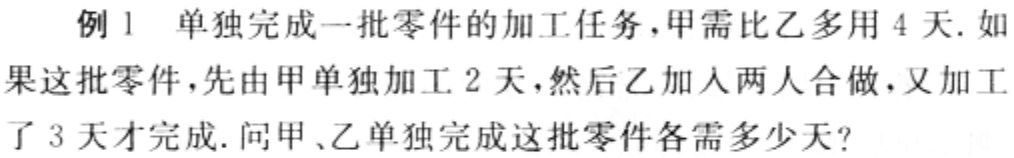
例 1 单独完成一批零件的加工任务，甲需比乙多用 4 天. 如果这批零件，先由甲单独加工 2 天，然后乙加入两人合做，又加工了 3 天才完成. 问甲、乙单独完成这批零件各需多少天?